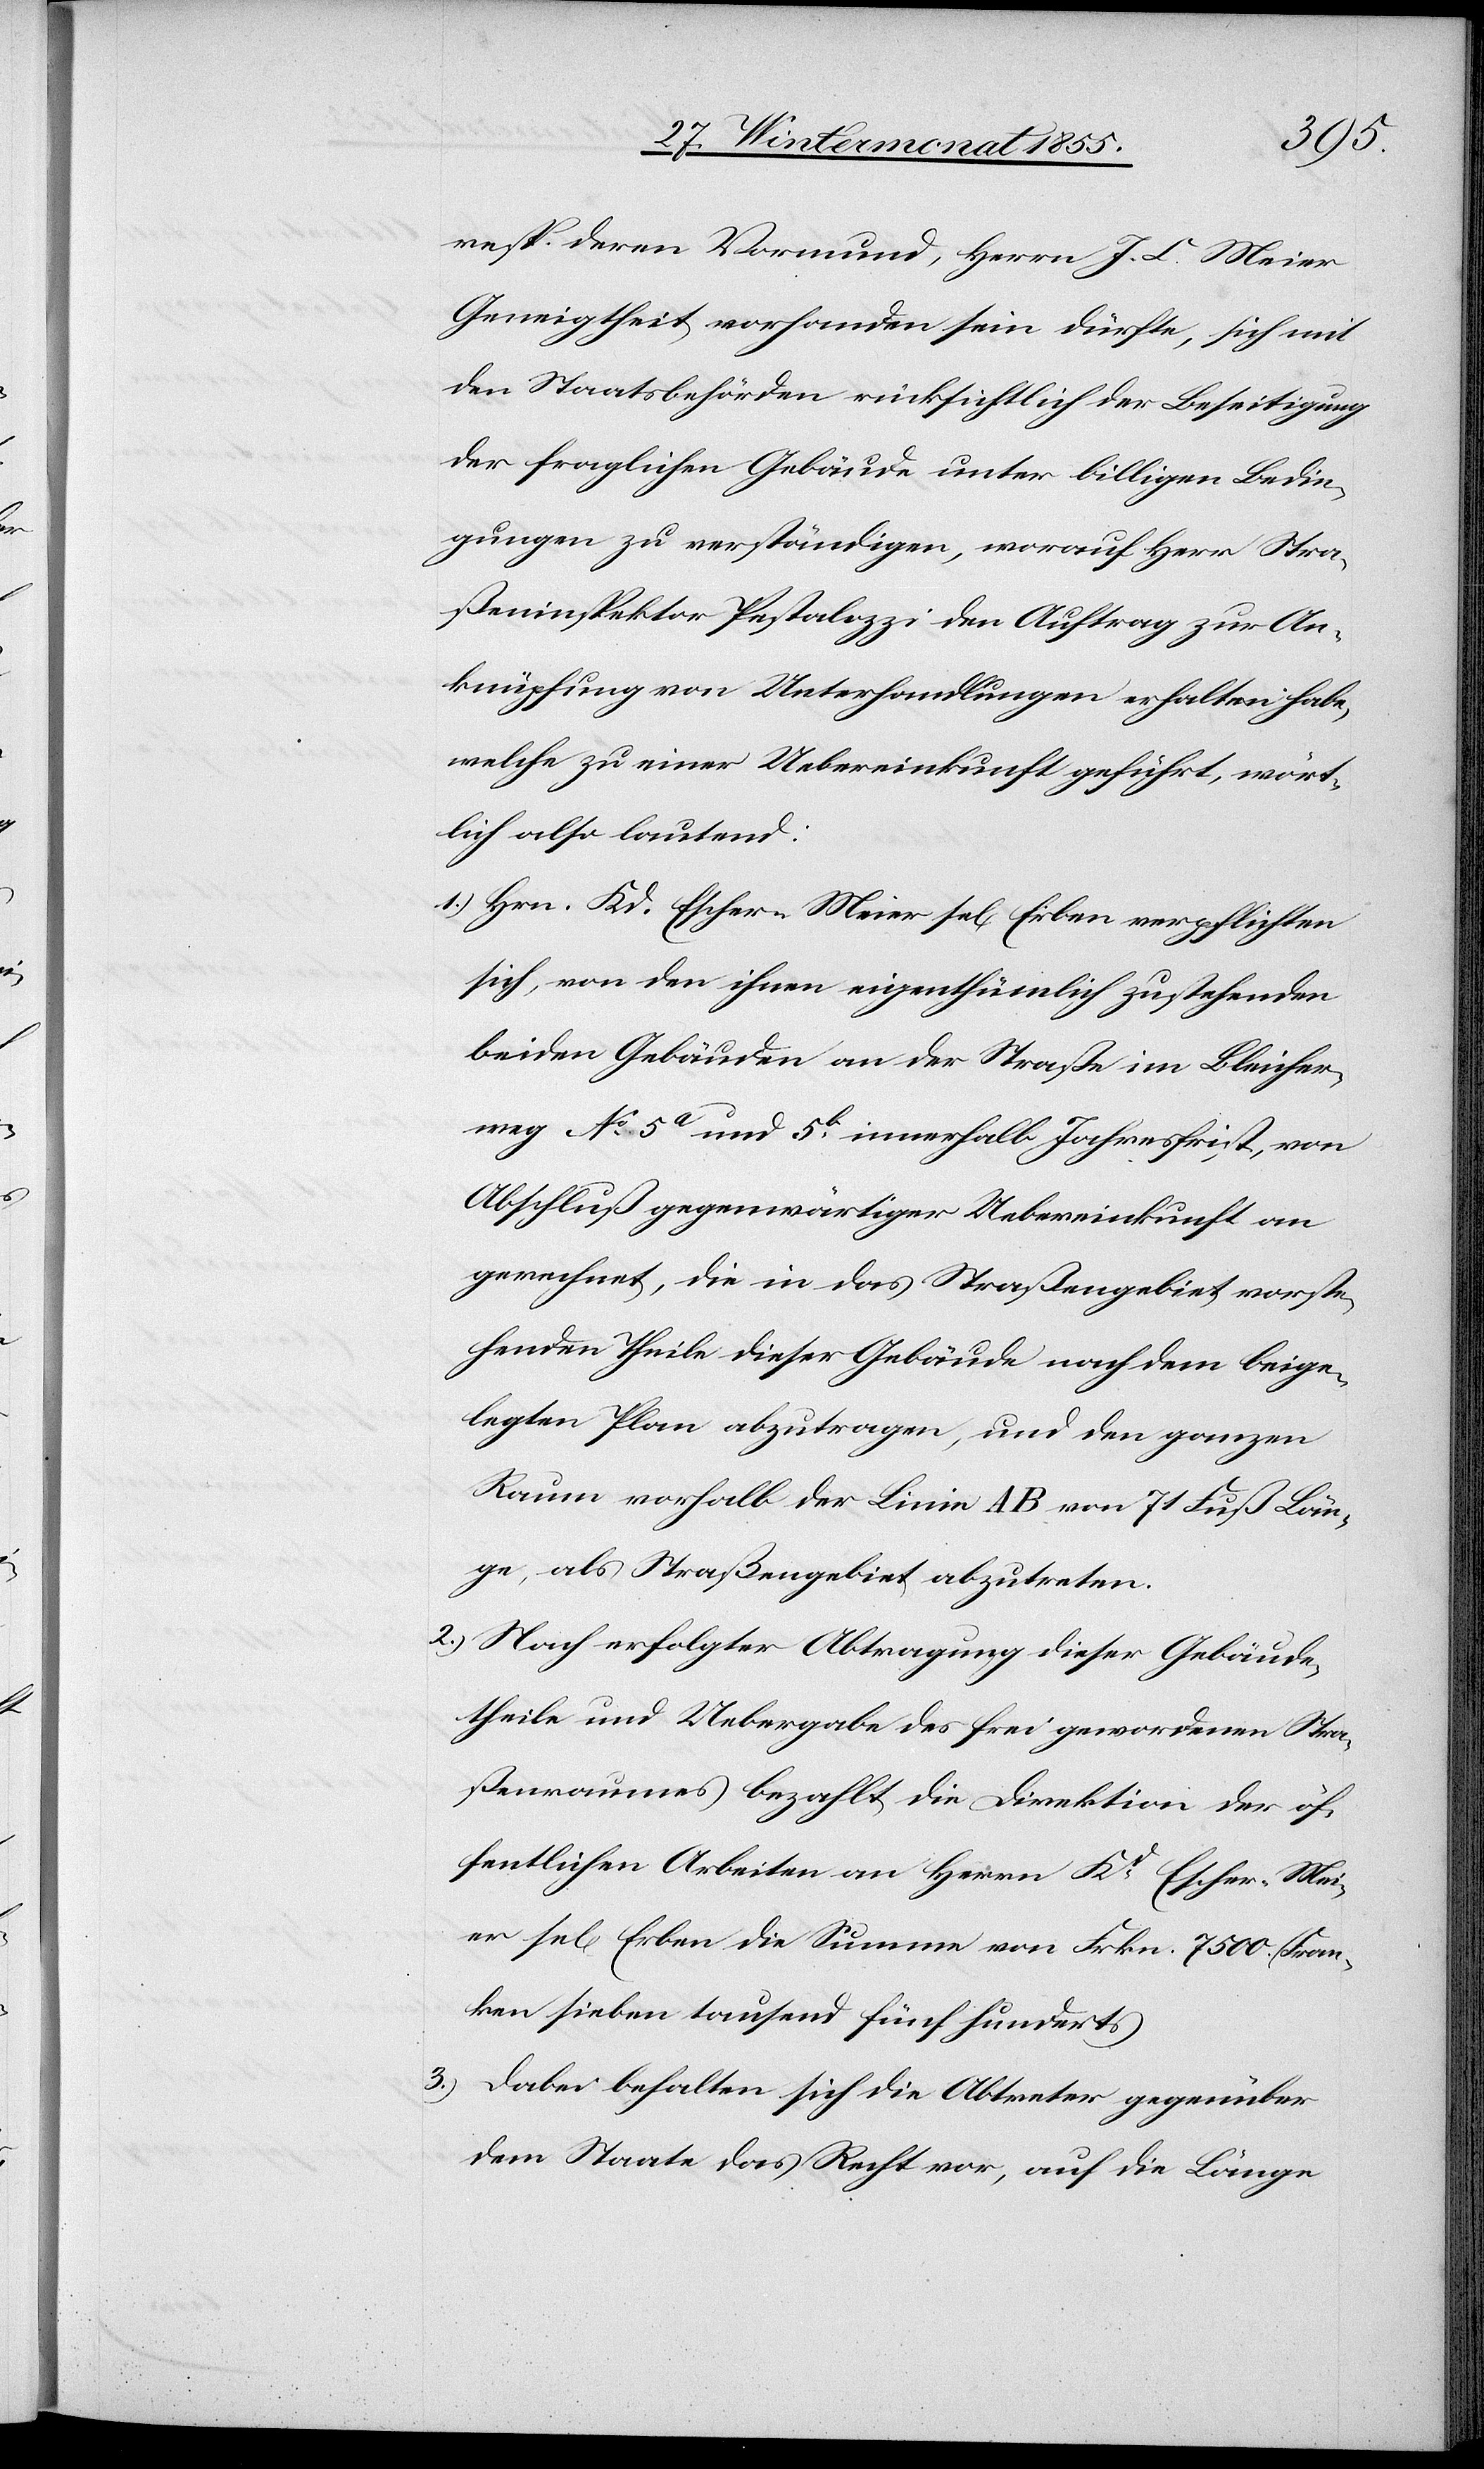
3.)
resp. deren Vormund, Herrn J. C. Meier
Geneigtheit vorhanden sein dürfte, sich mit
den Staatsbehörden rücksichtlich der Beseitigung
der fraglichen Gebäude unter billigen Bedin¬
gungen zu verständigen, worauf Herr Stra¬
ßeninspektor Pestalozzi den Auftrag zur An¬
knüpfung von Unterhandlungen erhalten habe,
welche zu einer Uebereinkunft geführt, wört¬
lich also lautend:
Hrn. Kd. Escher-Meier sel[ig] Erben verpflichten
sich, von den ihnen eigenthümlich zustehenden
beiden Gebäuden an der Straße im Bleicher¬
weg No 5a und 5b innerhalb Jahresfrist, von
Abschluß gegenwärtiger Uebereinkunft an
gerechnet, die in das Straßengebiet vorste¬
henden Theile dieser Gebäude nach dem beige¬
legten Plan abzutragen, und den ganzen
Raum vorhalb der Linie AB von 71 Fuß Län¬
ge, als Straßengebiet abzutreten.
Nach erfolgter Abtragung dieser Gebäude¬
theile und Uebergabe des frei gewordenen Stra¬
ßenraumes bezahlt die Direktion der öf¬
fentlichen Arbeiten an Herrn Kd. Escher-Mei¬
er sel[ig] Erben die Summe von Frkn. 7500. (Fran¬
ken sieben tausend fünf hundert)
Dabei behalten sich die Abtreter gegenüber
dem Staate das Recht vor, auf die Länge